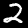
Label: 2